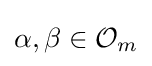
\alpha ,\beta \in {\mathcal {O}}_{m}